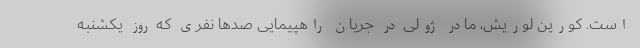
است. کورین لوریش، مادر ژولی در جریان راهپیمایی صدها نفری که روز یکشنبه